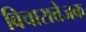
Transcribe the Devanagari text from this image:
विचारात्तेजक